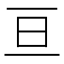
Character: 亘